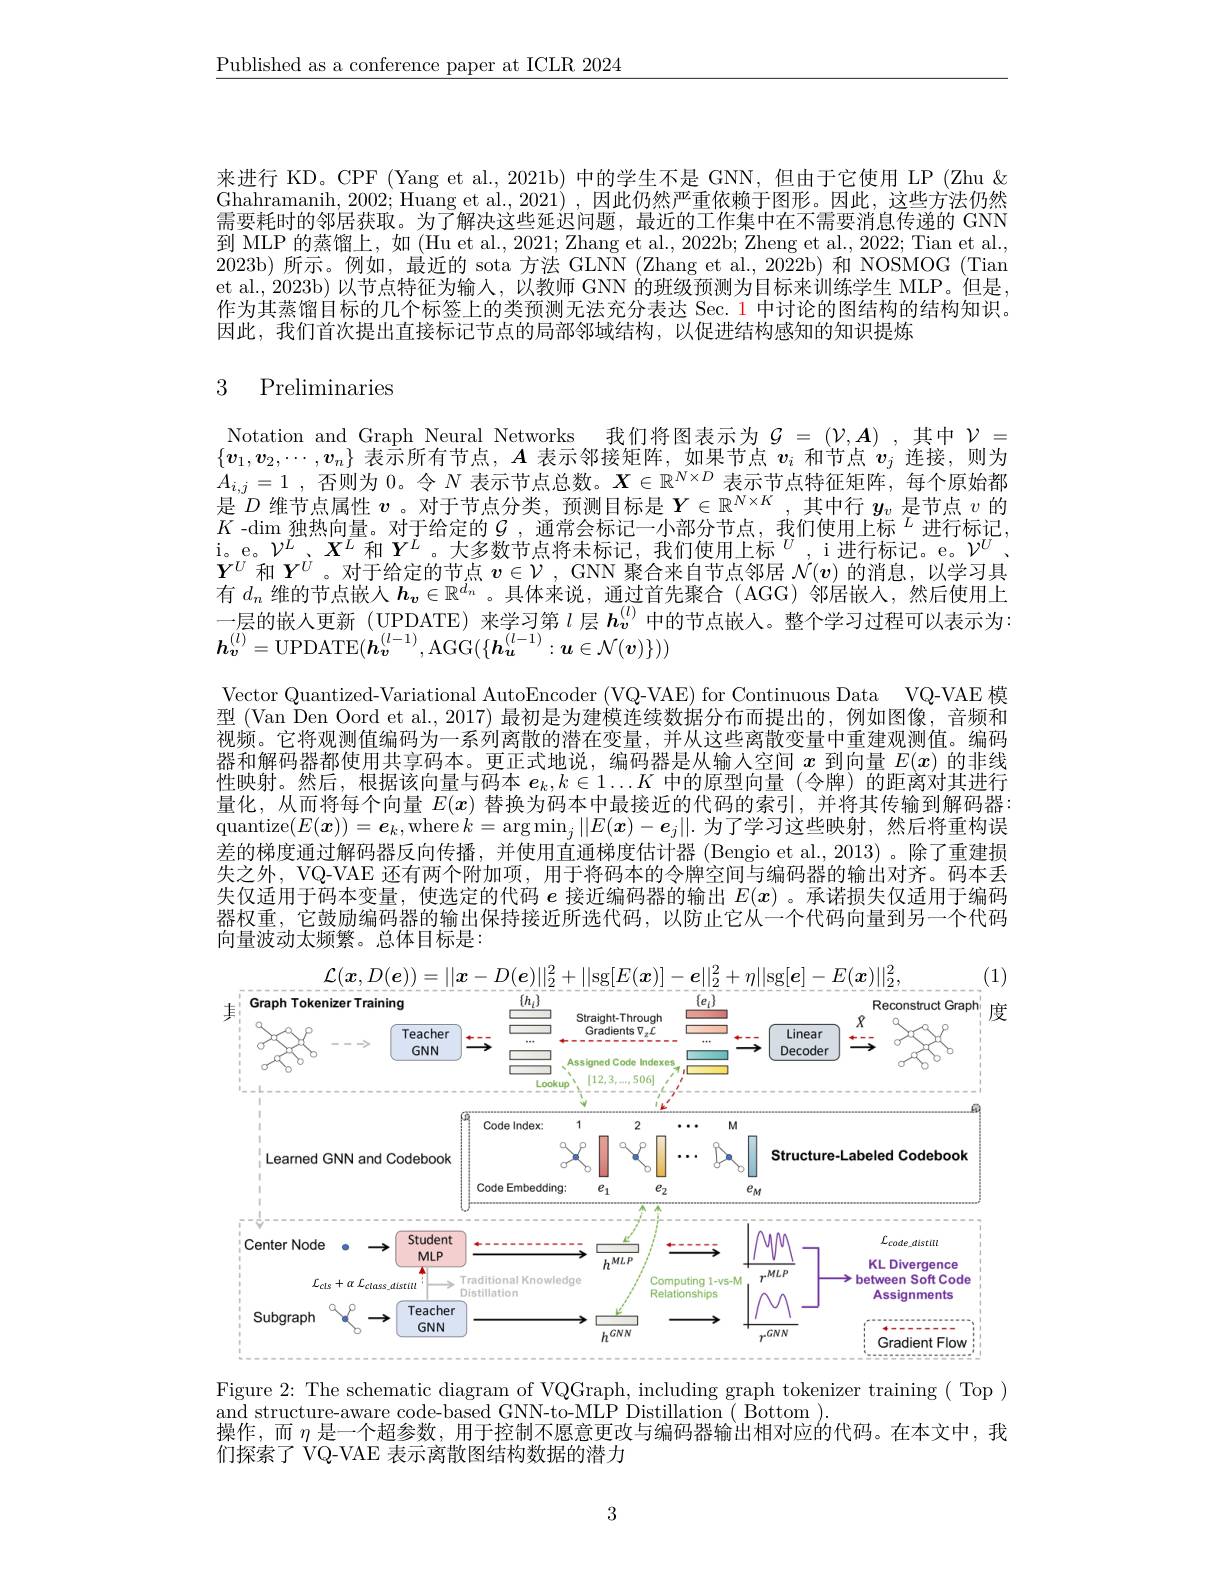
$\underline{\text{Published as a conference paper at ICLR 2024}}$

来进行 KD。CPF (Yang et al.,2021b) 中的学生不是 GNN,但由于它使用 LP (Zhu & Ghahramanih, 2002; Huang et al., 2021) , 因此仍然严重依赖于图形。因此，这些方法仍然需要耗时的邻居获取。为了解决这些延迟问题，最近的工作集中在不需要消息传递的 GNN 到 MLP 的蒸馏上，如 (Hu et al., 2021; Zhang et al., 2022b; Zheng et al., 2022; Tian et al., 2023b) 所示。例如，最近的 sota 方法 GLNW (Zhang et al., 2022b) 和 NOSMOG (Tian) et al., 2023b) 以节点特征为输入，以教师 GNN 的班级预测为目标来训练学生 MLP。但是作为其蒸馏目标的几个标签上的类预测无法充分表达 Sec. 1 中讨论的图结构的结构知识。因此，我们首次提出直接标记节点的局部邻域结构，以促进结构感知的知识提炼

## 3 Preliminaries

Notation and Graph Neural Networks 我们将图表示为$\mathcal{G}=(\mathcal{V},\boldsymbol{A})$ ,其中$\mathcal{V}=$ $\{\boldsymbol{v}_1,\boldsymbol{v}_2,\cdots,\boldsymbol{v}_n\}$表示所有节点，$A$表示邻接矩阵，如果节点$\boldsymbol v_i$和节点$\boldsymbol v_j$连接，则为$A_{i, j}= 1$ , 否 则 为 0。令 $N$ 表 示 节 点 总 数 。$X\in \mathbb{R} ^{N\times D}$ 表 示 节 点 特 征 矩 阵 , 每 个 原 始 都 是 $D$ 维 节 点 属 性 $v$。对 于 节 点 分 类 , 预 测 目 标 是 $Y\in \mathbb{R} ^{N\times K}$, 其 中 行 $y_v$ 是 节 点 $v$ 的 $V$ . 对 $v$ 的 故 白 星 $v$ 。对 于 节 点 分 类 , 预 测 目 标 是 $Y\in \mathbb{R} ^{N\times K}$, 其 中 行 $y_v$ 是 节 点 $v$ 的$K$ -$\dim$独 热 向 量 。对 于 给 定 的 $\mathcal{G} $, 通常会标记一小部分节点，我们使用上标$^L$进行标记， $\begin{array}{l}{\mathrm{i。e。}\mathcal{V}^{L},X^{L}\text{ 和 }Y^{L}\text{。大多数节点将未标记，我们使用上标}^{U},\mathrm{i~进行标记。e.}\mathcal{V}^{U},}\\{Y^{U}\text{ 和 }Y^{U}\text{。对于给定的节点 }v\in\mathcal{V},\mathrm{GNN~聚合来自节点邻居~}\mathcal{N}(v)\text{ 的消息，以学习具}}\end{array}$ 有$d_n$维的节点嵌人$h_{\boldsymbol{v}}\in\mathbb{R}^{d_n}$ 。具体来说，通过首先聚合 (AGG)邻居嵌人，然后使用上一层的嵌人更新(UPDATE)来学习第$l$层$\boldsymbol{h}_v^{(l)}$中的节点嵌入。整个学习过程可以表示为： $\boldsymbol{h}_{v}^{(l)}=$UPDATE$(\boldsymbol h_v^{(l-1)}$,AGG$(\{\boldsymbol h_u^{(l-1)}:\boldsymbol{u}\in\mathcal{N}(\boldsymbol{v})\}))$
Vector Quantized-Variational AutoEncoder (VQ-VAE) for Continuous Data VQ-VAE 模型 (Van Den Oord et al., 2017) 最初是为建模连续数据分布而提出的，例如图像，音频和视频。它将观测值编码为一系列离散的潜在变量，并从这些离散变量中重建观测值。编码器和解码器都使用共享码本。更正式地说，编码器是从输入空间$x$到向量$E(x)$的非线性映射。然后，根据该向量与码本$\boldsymbol{e}_k,k\in1\ldots K$中的原型向量(令牌)的距离对其进行量化，从而将每个向量$E(x)$替换为码本中最接近的代码的索引，并将其传输到解码器quantize$(E(\boldsymbol{x}))=\boldsymbol{e}_k$,where$k=\arg\min_j\|E(\boldsymbol{x})-\boldsymbol{e}_j\|$.为了学习这些映射，然后将重构误差的梯度通过解码器反向传播，并使用直通梯度估计器 (Bengio et al., 2013)。除了重建损失之外，VQ-VAE 还有两个附加项，用于将码本的令牌空间与编码器的输出对齐。码本丢失仅适用于码本变量，使选定的代码$e$接近编码器的输出$E(x)$ 。承诺损失仅适用于编码器权重，它鼓励编码器的输出保持接近所选代码，以防止它从一个代码向量到另一个代码向量波动太频繁。总体目标是：

<FigureHere>

Figure 2: The schematic diagram of VQGraph, including graph tokenizer training( Top )

and structure-aware code-based GNN-to-MLP Distillation ( Bottom ).
操作，而$\eta$是一个超参数，用于控制不愿意更改与编码器输出相对应的代码。在本文中，我
们探索了 VQ-VAE 表示离散图结构数据的潜力

3